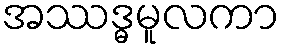
အဿဒ္ဓမူလကာ